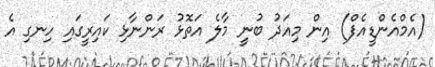
(އެމްއެންޑީއެފް) އިން މިއަދު ބުނީ މާލެ އަތޮޅު ރަންނާޅި ކައިރީގައި ހިނގި އެ